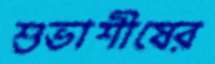
শুভাশীষের